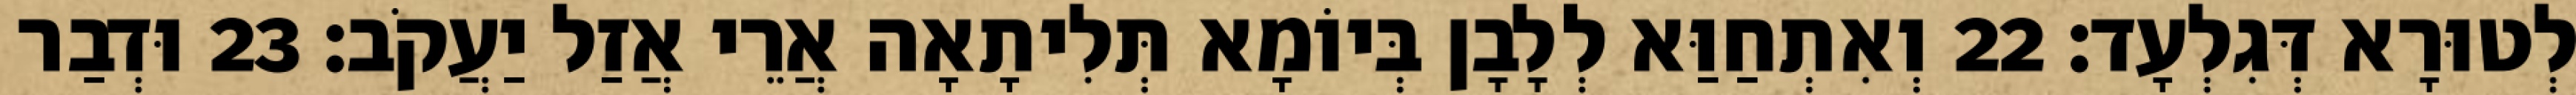
לְטוּרָא דְּגִלְעָד׃ 22 וְאִתְחַוַּא לְלָבָן בְּיוֹמָא תְּלִיתָאָה אֲרֵי אֲזַל יַעֲקֹב׃ 23 וּדְבַר